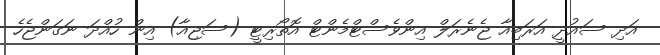
އަދި ސައުދީ އަރަބިއާ ޖެނެރަލް އިންވެސްޓްމެންޓް އޮތޯރިޓީ (ސަޖިއާ) އިން ހުއްދަ ނަގަންޖެހެ